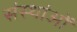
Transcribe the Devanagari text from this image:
संस्थांओं